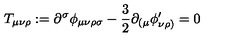
T _ { \mu \nu \rho } : = \partial ^ { \sigma } \phi _ { \mu \nu \rho \sigma } - \frac { 3 } { 2 } \partial _ { ( \mu } \phi _ { \nu \rho ) } ^ { \prime } = 0